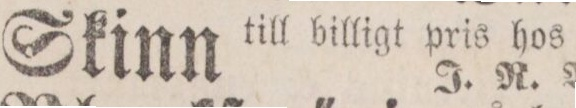
Skinn till billigt pris hos